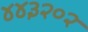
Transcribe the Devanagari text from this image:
४४३२०२